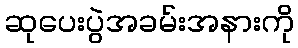
ဆုပေးပွဲအခမ်းအနားကို